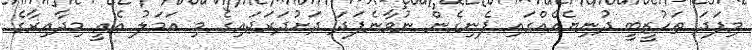
މިފަދަ ތަހުޒީބީ ދުނިޔެއެއްގައި ފެނިގެން ނުވާނެފަދަ ދަށުދަރަޖައިގެ މި އަމަލު އެއީ މިދާއިރާގެ